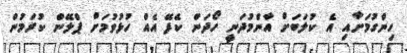
ހިންގުމަށާއި އެ ކުލަބަށް އާންމުދަނީ ހޯދަން ކެފޭ އެއް ހުޅުވުމަށް ޕްލޭން ކުރަމުން